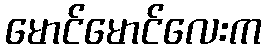
မောင်မောင်လေးက